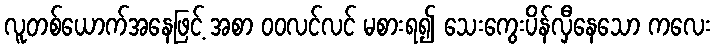
လူတစ်ယောက်အနေဖြင့် အစာ ဝဝလင်လင် မစားရ၍ သေးကွေးပိန်လှီနေသော ကလေး